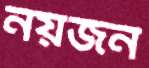
নয়জন